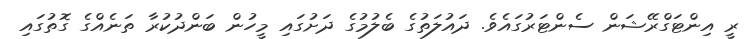
ރީ އިންޓަގްރޭޝަން ސެންޓަރުގައެވެ. ދައުލަތުގެ ބެލުމުގެ ދަށުގައި މީހުން ބަންދުކުރާ ތަނެއްގެ ގޮތުގައި